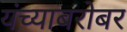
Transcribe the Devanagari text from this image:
यंच्याबरोबर